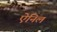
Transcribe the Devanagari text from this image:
ऐनिल